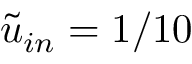
\tilde { u } _ { i n } = 1 / 1 0